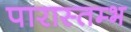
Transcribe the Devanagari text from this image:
पारास्तम्भ